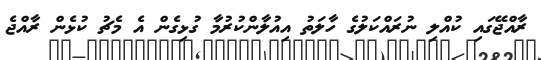
ރާއްޖޭގައި ކުއްލި ނުރައްކަލުގެ ހާލަތު އިއުލާންކުރުމާ ގުޅިގެން އެ މެޗު ކުޅެން ރާއްޖެ